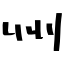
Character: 州